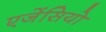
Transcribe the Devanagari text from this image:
एजेंसियो